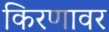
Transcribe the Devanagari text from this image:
किरणावर